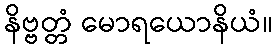
နိဗ္ဗတ္တံ မောရယောနိယံ။